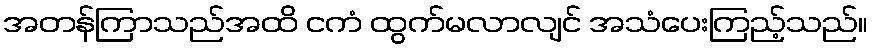
အတန်ကြာသည်အထိ ငကံ ထွက်မလာလျင် အသံပေးကြည့်သည်။